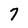
Character: 7